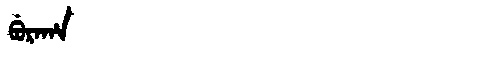
Manchu: ᠪᡠᡵᠠᡥᠠ
Romanization: BURAHA